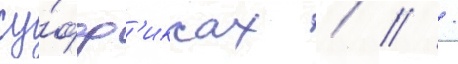
су́фф'иксах / / /